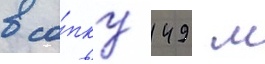
в со́пку 149 м